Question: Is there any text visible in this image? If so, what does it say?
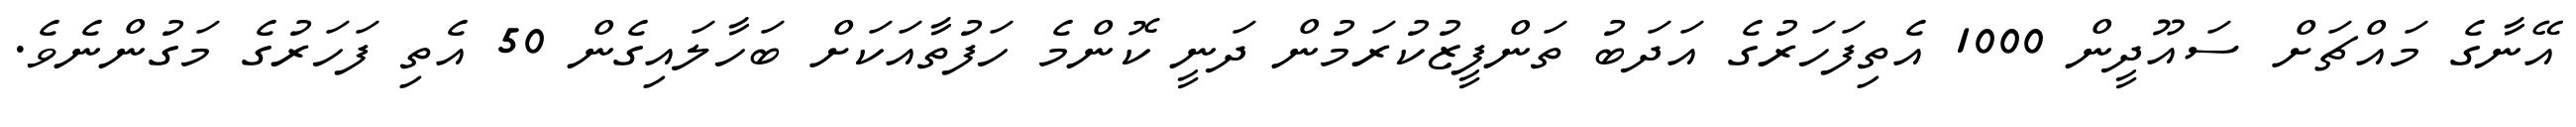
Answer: އޭނާގެ މައްޗަށް ސައޫދީން 1000 އެތިފަހަރުގެ އަދަބު ތަންފީޒުކުރަމުން ދަނީ ކޮންމެ ހަފުތާއަކަށް ބަހާލައިގެން 50 އެތި ފަހަރުގެ މަގުންނެވެ.